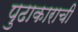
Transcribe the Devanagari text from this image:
पुढाकाराची